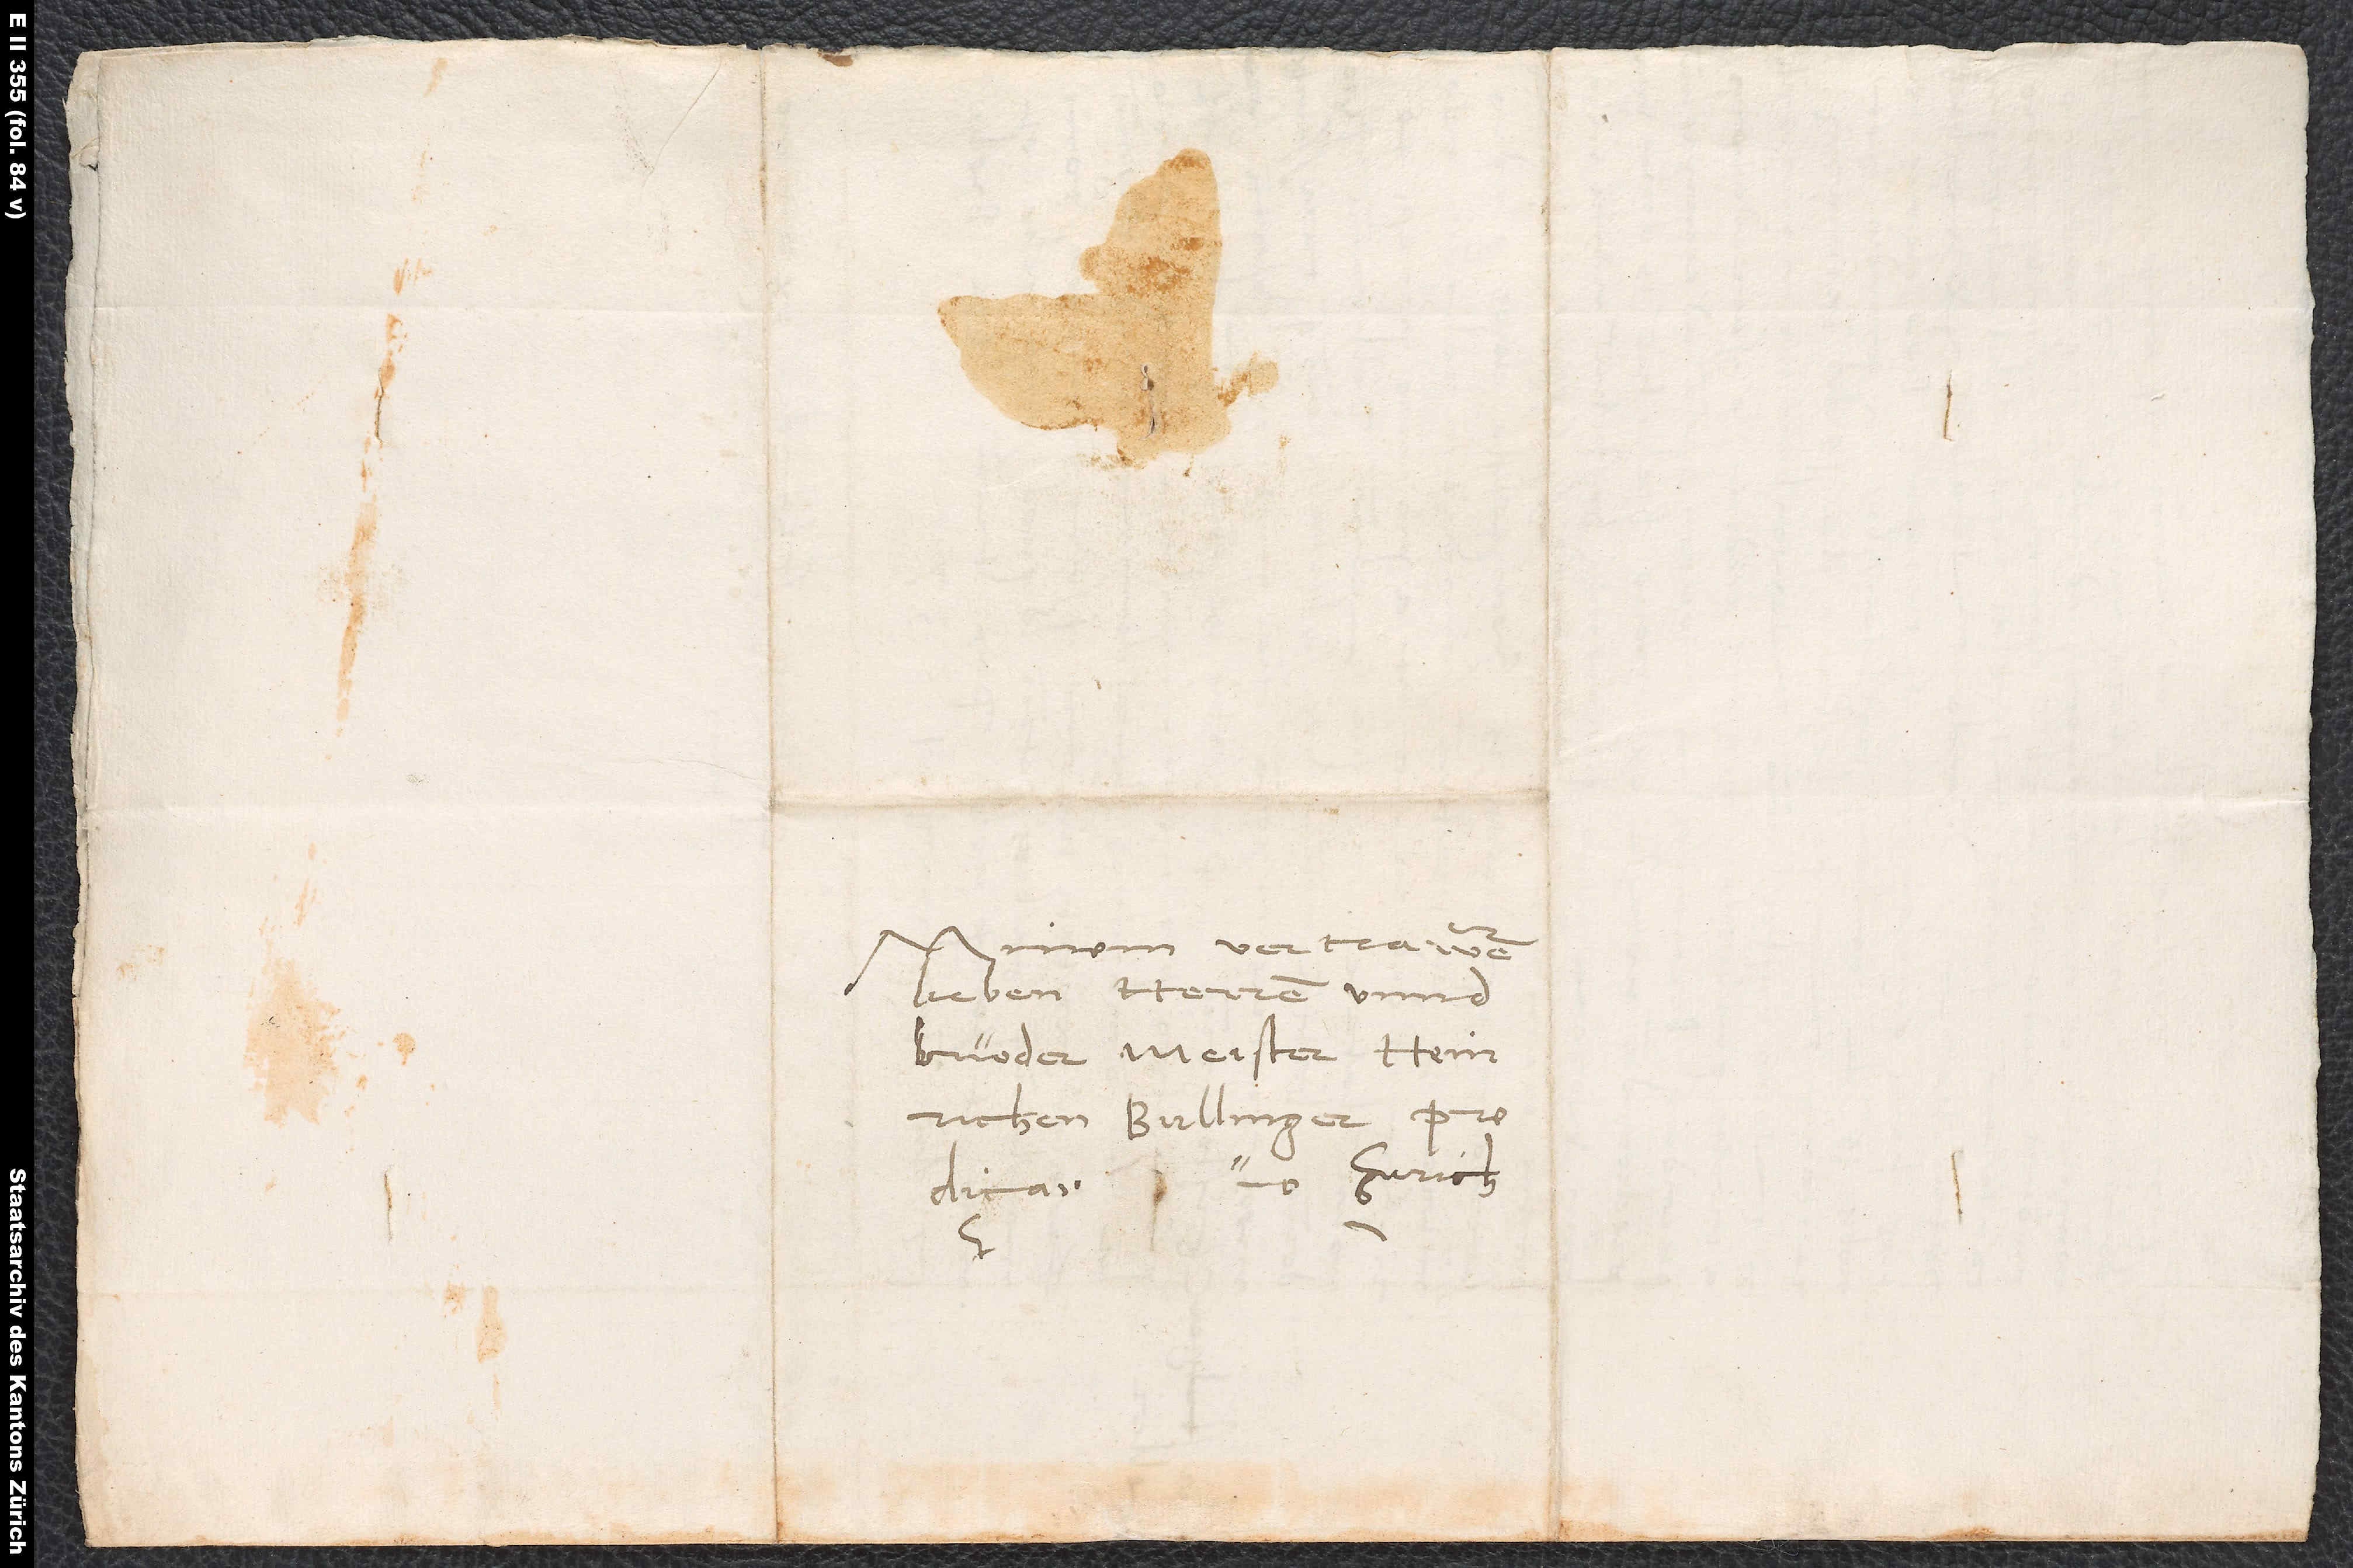
vertrawten
lieben herren unnd
bruoder, Meister Heinrichen
Bullinger, predica.